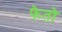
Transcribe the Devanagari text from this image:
फेतो